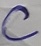
Text: C